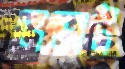
ভড়াট